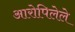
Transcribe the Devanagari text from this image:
आरोपिलेले